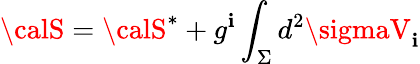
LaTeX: {\calS}={\calS}^{*}+g^{\mathbf{i}}\int_{\Sigma}d^{2}\sigmaV_{\mathbf{i}}